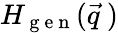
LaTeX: H_{\mathrm{~g~e~n~}}(\vec{q}\ )